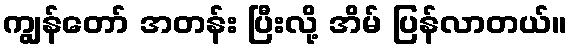
ကျွန်တော် အတန်း ပြီးလို့ အိမ် ပြန်လာတယ်။